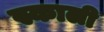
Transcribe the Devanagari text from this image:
स्काली